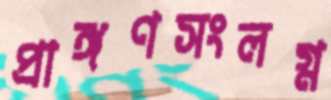
প্রাঙ্গণসংলগ্ন